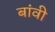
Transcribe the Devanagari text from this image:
बांवी